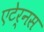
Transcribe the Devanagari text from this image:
एटेर्नस